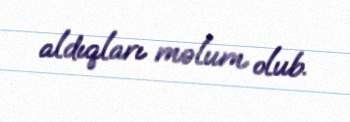
aldıqları məlum olub.